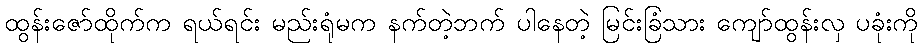
ထွန်းဇော်ထိုက်က ရယ်ရင်း မည်းရုံမက နက်တဲ့ဘက် ပါနေတဲ့ မြင်းခြံသား ကျော်ထွန်းလှ ပခုံးကို